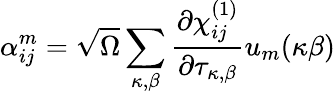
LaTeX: \alpha_{ij}^{m}=\sqrt{\Omega}\sum_{\kappa,\beta}\frac{\partial\chi_{ij}^{(1)}}{\partial\tau_{\kappa,\beta}}u_{m}(\kappa\beta)